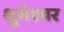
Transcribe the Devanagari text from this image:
शुभेश्वर